Civil Veterinary Department Bengal reports 1933-51 - 1933-1951
Year: 1933
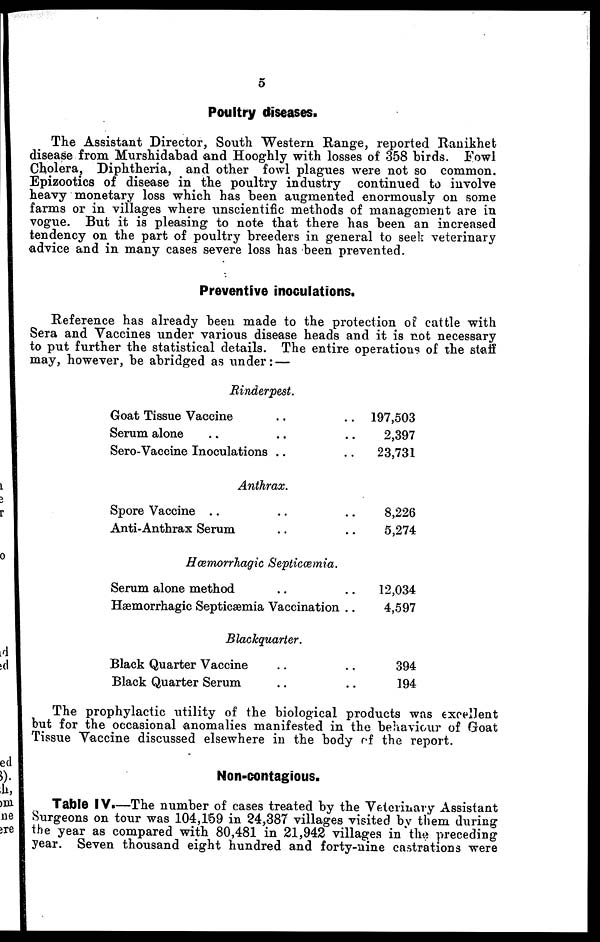
5
Poultry diseases.
The Assistant Director, South Western Range, reported Ranikhet
disease from Murshidabad and Hooghly with losses of 358 birds. Fowl
Cholera, Diphtheria, and other fowl plagues were not so common.
Epizootics of disease in the poultry industry continued to involve
heavy monetary loss which has been augmented enormously on some
farms or in villages where unscientific methods of management are in
vogue. But it is pleasing to note that there has been an increased
tendency on the part of poultry breeders in general to seek veterinary
advice and in many cases severe loss has been prevented.
Preventive inoculations.
Reference has already been made to the protection of cattle with
Sera and Vaccines under various disease heads and it is not necessary
to put further the statistical details. The entire operations of the staff
may, however, be abridged as under: —
Rinderpest.
Goat Tissue Vaccine .. ..
Serum alone .. .. ..
Sero-Vaccine Inoculations .. ..
197,503
2,397
23,731
Anthrax.
Spore Vaccine .. .. ..
Anti-Anthrax Serum .. ..
8,226
5,274
Hæmorrhagic Septicæmia.
Serum alone method .. ..
Hæmorrhagic Septicæmia Vaccination ..
12,034
4,597
Blackquarter.
Black Quarter Vaccine .. ..
Black Quarter Serum .. ..
394
194
The prophylactic utility of the biological products was excellent
but for the occasional anomalies manifested in the behaviour of Goat
Tissue Vaccine discussed elsewhere in the body of the report.
Non-contagious.
Table IV.—The number of cases treated by the Veterinary Assistant
Surgeons on tour was 104,159 in 24,387 villages visited by them during
the year as compared with 80,481 in 21,942 villages in the preceding
year. Seven thousand eight hundred and forty-nine castrations were